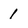
Character: 1